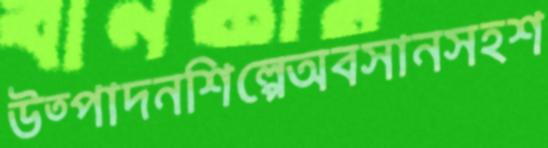
উত্পাদনশিল্পেঅবসানসহশ